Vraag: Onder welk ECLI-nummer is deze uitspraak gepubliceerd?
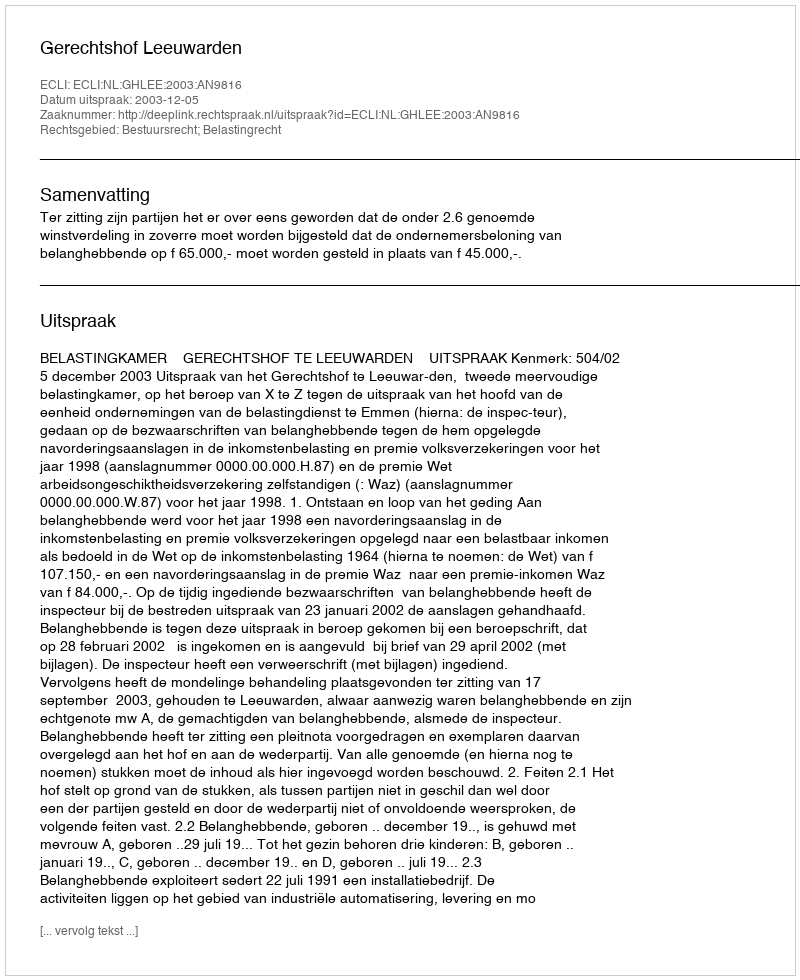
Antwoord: ECLI:NL:GHLEE:2003:AN9816